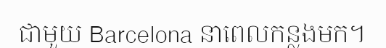
ជាមួយ Barcelona នាពេលកន្លងមក។